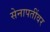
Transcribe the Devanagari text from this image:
सेनापतींवर